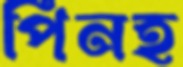
পিনহ